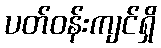
ပတ်ဝန်းကျင်ရှိ